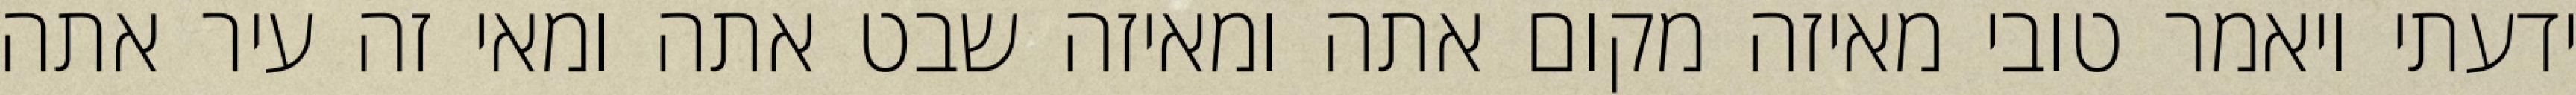
ידעתי ויאמר טובי מאיזה מקום אתה ומאיזה שבט אתה ומאי זה עיר אתה